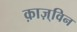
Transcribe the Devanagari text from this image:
क़ाज़्विन